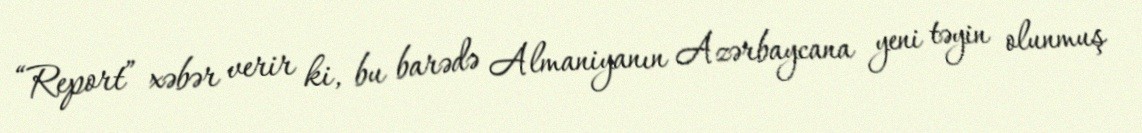
“Report” xəbər verir ki, bu barədə Almaniyanın Azərbaycana yeni təyin olunmuş